Cholera in India, 1862 to 1881
Year: 1862
Disease focus: Cholera
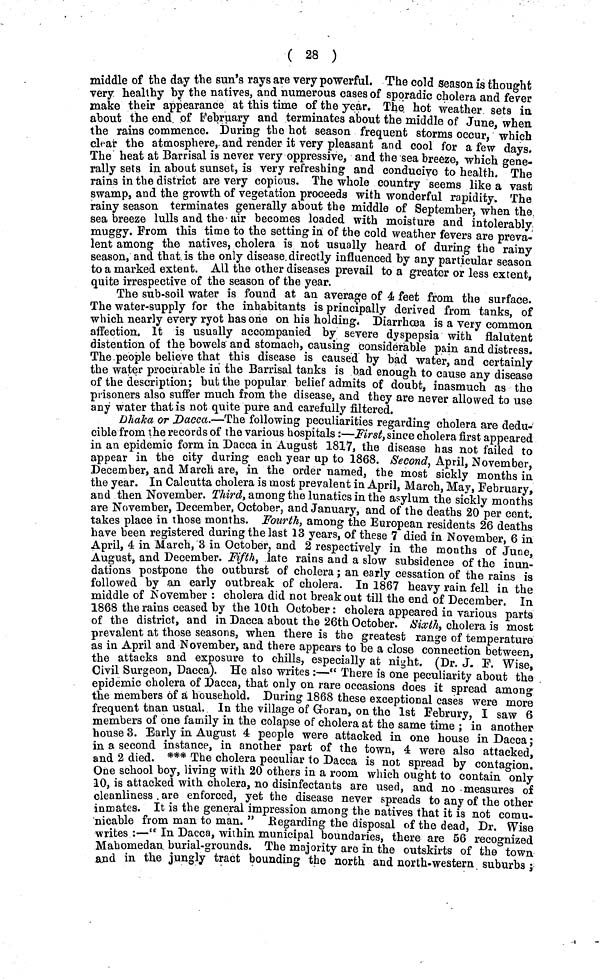
( 28 )
middle of the day the sun's rays are very powerful. The cold season is thought
very healthy by the natives, and numerous oases of sporadic cholera and fever
make their appearance at this time of the year. The hot weather sets in
about the end of February and terminates about the middle of June, when
the rains commence. During the hot season frequent storms occur, which
clear the atmosphere, and render it very pleasant and cool for a few days.
The heat at Barrisal is never very oppressive, and the sea breeze, which gene-
rally sets in about sunset, is very refreshing and conducive to health. The
rains in the district are very copious. The whole country seems like a vast
swamp, and the growth of vegetation proceeds with wonderful rapidity. The
rainy season terminates generally about the middle of September, when the
sea breeze lulls and the air becomes loaded with moisture and intolerably
muggy. From this time to the setting in of the cold weather fevers are preva-
lent among the natives, cholera is not usually heard of during the rainy
season, and that is the only disease directly influenced by any particular season
to a marked extent. All the other diseases prevail to a greater or less extent,
quite irrespective of the season of the year.
The sub-soil water is found at an average of 4 feet from the surface.
The water-supply for the inhabitants is principally derived from tanks, of
which nearly every ryot has one on his holding. Diarrhœa is a very common
affection. It is usually accompanied by severe dyspepsia with flalutent
distention of the bowels and stomach, causing considerable pain and distress.
The people believe that this disease is caused by bad water, and certainly
the water procurable in the Barrisal tanks is bad enough to cause any disease
of the description; but the popular belief admits of doubt, inasmuch as the
prisoners also suffer much from the disease, and they are never allowed to use
any water that is not quite pure and carefully filtered.
Dhaka or Dacca.—The following peculiarities regarding cholera are dedu-
cible from the records of the various hospitals :—First, since cholera first appeared
in an epidemic form in Dacca in August 1817, the disease has not failed to
appear in the city during each year up to 1868. Second, April, November,
December, and March are, in the order named, the most sickly months in
the year. In Calcutta cholera is most prevalent in April, March, May, February,
and then November. Third, among the lunatics in the asylum the sickly months
are November, December, October, and January, and of the deaths 20 per cent.
takes place in those months. Fourth, among the European residents 26 deaths
have been registered during the last 13 years, of these 7 died in November, 6 in
April, 4 in March, 3 in October, and 2 respectively in the months of June,
August, and December. Fifth, late rains and a slow subsidence of the inun-
dations postpone the outburst of cholera ; an early cessation of the rains is
followed by an early outbreak of cholera. In 1867 heavy rain fell in the
middle of November : cholera did not break out till the end of December. In
1868 the rains ceased by the 10th October : cholera appeared in various parts
of the district, and in Dacca about the 26th October. Sixth, cholera is most
prevalent at those seasons, when there is the greatest range of temperature
as in April and November, and there appears to be a close connection between,
the attacks and exposure to chills, especially at night. (Dr. J. F. Wise,
Civil Surgeon, Dacca). He also writes :—'' There is one peculiarity about the
epidemic cholera of Dacca, that only on rare occasions does it spread among
the members of a household. During 1868 these exceptional cases were more
frequent than usual. In the village of Groran, on the 1st Februry, I saw 6
members of one family in the colapse of cholera at the same time ; in another
house 3. Early in August 4 people were attacked in one house in Dacca ;
in a second instance, in another part of the town, 4 were also attacked,
and 2 died. *** The cholera peculiar to Dacca is not spread by contagion.
One school boy, living with 20 others in a room which ought to contain only
10, is attacked with cholera, no disinfectants are used, and no measures of
cleanliness are enforced, yet the disease never spreads to any of the other
inmates. It is the general impression among the natives that it is not comu-
nicable from man to man." Regarding the disposal of the dead, Dr. Wise
writes :—" In Dacca, within municipal boundaries, there are 56 recognized
Mahomedan burial-grounds. The majority are in the outskirts of the town
and in the jungly tract bounding the north and north-western suburbs ;